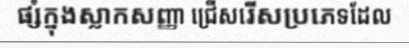
ផ្សំក្នុងស្លាកសញ្ញា ជ្រើសរើសប្រភេទដែល